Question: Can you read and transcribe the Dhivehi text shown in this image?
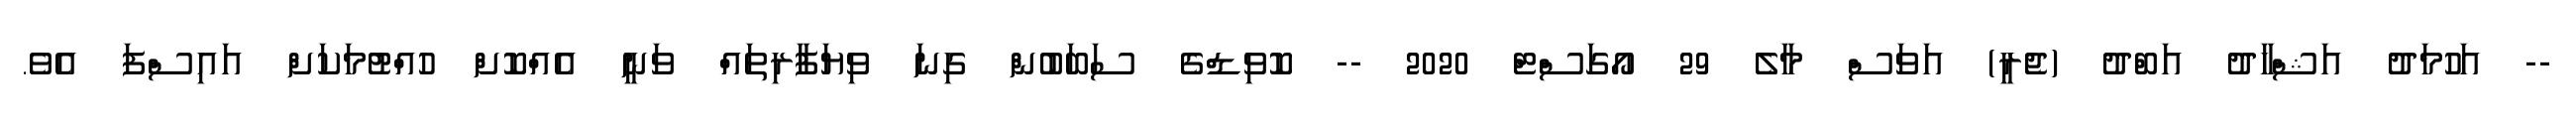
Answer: -- އަހުމަދު އަޝްހާދު އަބްދު (ޖެރީ) އަވަސް މާލެ 29 އޯގަސްޓް 2020 -- ކޮވިޑްގެ ސަބަބުން ގިނަ ވިޔަފާރިތައް ވަނީ އެއްކޮށް ހުއްޓުމަކަށް އައިސްފަ އެވެ.